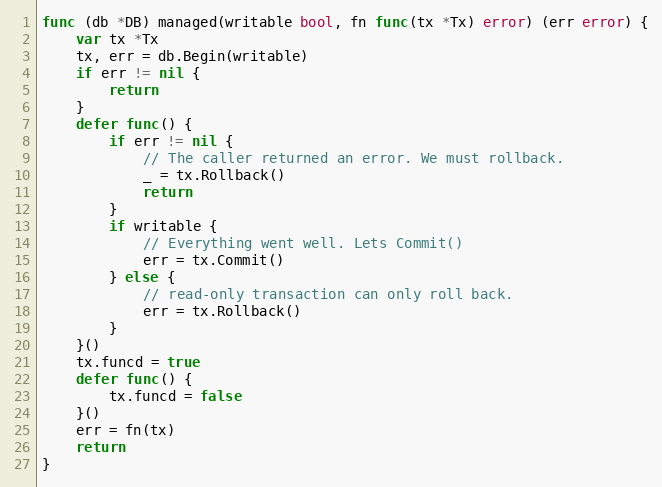
Language: Go
func (db *DB) managed(writable bool, fn func(tx *Tx) error) (err error) {
	var tx *Tx
	tx, err = db.Begin(writable)
	if err != nil {
		return
	}
	defer func() {
		if err != nil {
			// The caller returned an error. We must rollback.
			_ = tx.Rollback()
			return
		}
		if writable {
			// Everything went well. Lets Commit()
			err = tx.Commit()
		} else {
			// read-only transaction can only roll back.
			err = tx.Rollback()
		}
	}()
	tx.funcd = true
	defer func() {
		tx.funcd = false
	}()
	err = fn(tx)
	return
}